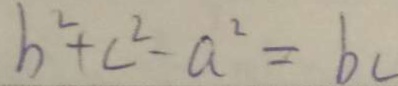
b ^ { 2 } + c ^ { 2 } - a ^ { 2 } = b c